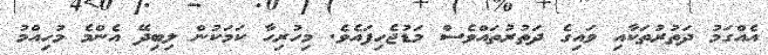
އެއްގަމު ދަތުރުތަކާއި ވައިގެ ދަތުރުތައްވެސް މަޑުޖެހިފައެވެ. މިހުރިހާ ކަމަކުން ލިބިދޭ އެންމެ މުހިއްމު